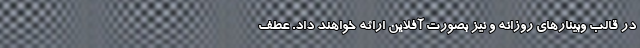
در قالب وبینارهای روزانه و نیز بصورت آفلاین ارائه خواهند داد. عطف